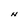
Character: N